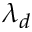
\lambda _ { d }